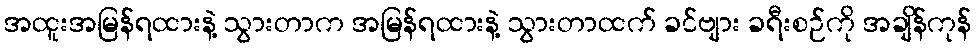
အထူးအမြန်ရထားနဲ့ သွားတာက အမြန်ရထားနဲ့ သွားတာထက် ခင်ဗျား ခရီးစဉ်ကို အချိန်ကုန်